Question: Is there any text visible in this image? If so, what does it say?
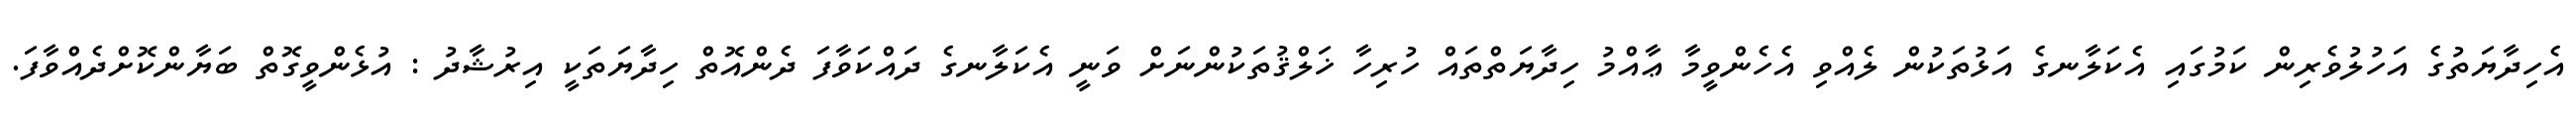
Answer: އެހިދާޔަތުގެ އަހުލުވެރިން ކަމުގައި އެކަލާނގެ އަޅުތަކުން ލެއްވި އެހެންވީމާ ޢާއްމު ހިދާޔަތްތައް ހުރިހާ ޚަލްޤުތަކުންނަށް ވަނީ އެކަލާނގެ ދައްކަވާފަ ދެންއޮތް ހިދާޔަތަކީ އިރުޝާދު : އުޅެންވީގޮތް ބަޔާންކޮށްދެއްވާފަ.